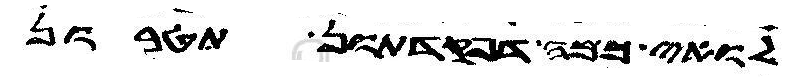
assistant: לואי כמה דפקדתון תטרון